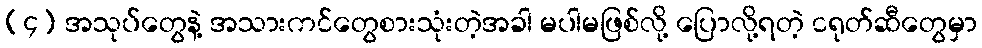
(၄) အသုပ်တွေနဲ့ အသားကင်တွေစားသုံးတဲ့အခါ မပါမဖြစ်လို့ ပြောလို့ရတဲ့ ငရုတ်ဆီတွေမှာ